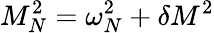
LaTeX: M_{N}^{2}=\omega_{N}^{2}+\delta M^{2}